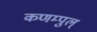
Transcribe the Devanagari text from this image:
कणम्पुल्